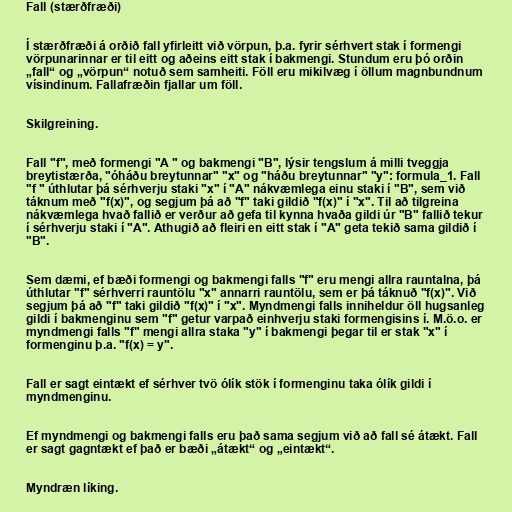
Fall (stærðfræði)

Í stærðfræði á orðið fall yfirleitt við vörpun, þ.a. fyrir sérhvert stak í formengi
vörpunarinnar er til eitt og aðeins eitt stak í bakmengi. Stundum eru þó orðin
„fall“ og „vörpun“ notuð sem samheiti. Föll eru mikilvæg í öllum magnbundnum
vísindinum. Fallafræðin fjallar um föll.

Skilgreining.

Fall "f", með formengi "A " og bakmengi "B", lýsir tengslum á milli tveggja
breytistærða, "óháðu breytunnar" "x" og "háðu breytunnar" "y": formula_1. Fall
"f " úthlutar þá sérhverju staki "x" í "A" nákvæmlega einu staki í "B", sem við
táknum með "f(x)", og segjum þá að "f" taki gildið "f(x)" í "x". Til að tilgreina
nákvæmlega hvað fallið er verður að gefa til kynna hvaða gildi úr "B" fallið tekur
í sérhverju staki í "A". Athugið að fleiri en eitt stak í "A" geta tekið sama gildið í
"B".

Sem dæmi, ef bæði formengi og bakmengi falls "f" eru mengi allra rauntalna, þá
úthlutar "f" sérhverri rauntölu "x" annarri rauntölu, sem er þá táknuð "f(x)". Við
segjum þá að "f" taki gildið "f(x)" í "x". Myndmengi falls inniheldur öll hugsanleg
gildi í bakmenginu sem "f" getur varpað einhverju staki formengisins í. M.ö.o. er
myndmengi falls "f" mengi allra staka "y" í bakmengi þegar til er stak "x" í
formenginu þ.a. "f(x) = y".

Fall er sagt eintækt ef sérhver tvö ólík stök í formenginu taka ólík gildi í
myndmenginu.

Ef myndmengi og bakmengi falls eru það sama segjum við að fall sé átækt. Fall
er sagt gagntækt ef það er bæði „átækt“ og „eintækt“.

Myndræn líking.